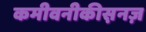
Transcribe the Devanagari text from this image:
कमीवनीकीस़नज़